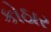
કોઠાર